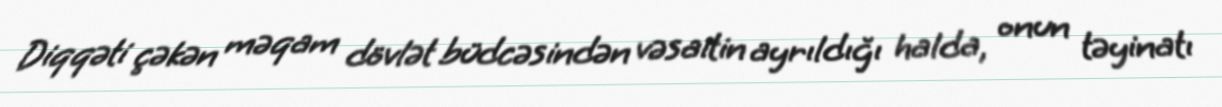
Diqqəti çəkən məqam dövlət büdcəsindən vəsaitin ayrıldığı halda, onun təyinatı